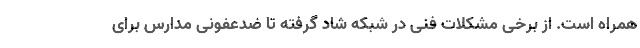
همراه است. از برخی مشکلات فنی در شبکه شاد گرفته تا ضدعفونی مدارس برای